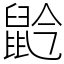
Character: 䶃